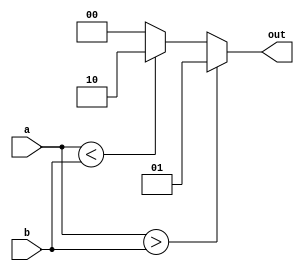
/*
 * Antonio Aguilar
 * Comparador de 4 bits
*/

module comp4b(input [3:0] a, b, output reg [1:0] out);
	always @(a or b)
	begin
		if (a > b) 
			out = 1;
		else if (a < b)
			out = 2;
		else
			out = 0;
	end
endmodule